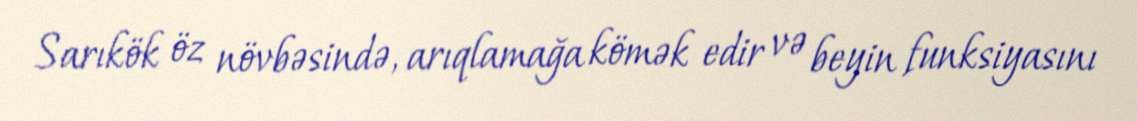
Sarıkök öz növbəsində, arıqlamağa kömək edir və beyin funksiyasını